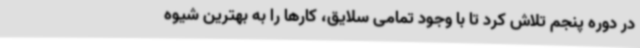
در دوره پنجم تلاش کرد تا با وجود تمامی سلایق، کارها را به بهترین شیوه